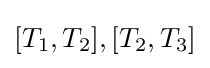
[T_{1},T_{2}],[T_{2},T_{3}]